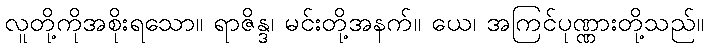
လူတို့ကိုအစိုးရသော။ ရာဇိန္ဒ၊ မင်းတို့အနက်။ ယေ၊ အကြင်ပုဏ္ဏားတို့သည်။